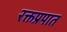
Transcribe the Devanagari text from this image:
रक्तप्रपात